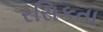
રસિકતા